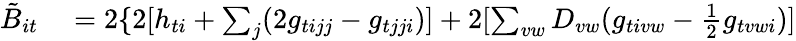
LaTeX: \begin{array}{rl}{\tilde{B}_{it}}&{{}=2\{ 2[h_{ti}+\sum_{j}(2g_{tijj}-g_{tjji})]+2[\sum_{vw}D_{vw}(g_{tivw}-\frac{1}{2}g_{tvwi})]}\end{array}